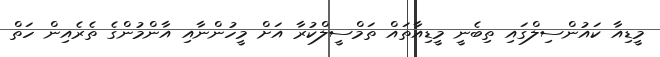
މީޑިއާ ކައުންސިލްގައި ތިބެނީ މީޑިއާތައް ތަމްސީލްކުރާ އަށް މީހުންނާއި އާންމުންގެ ތެރެއިން ހަތް